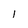
Character: l